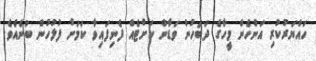
ހައްޔަރުކުރި އަންހެން މީހާގެ ދަބަހުން ވަޑާން ކަށްޓެއް ފެނިފައިވާ ކަމަށް ފުލުހުން ބުނެއެވެ.